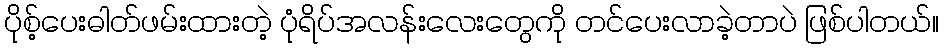
ပိုစ့်ပေးဓါတ်ဖမ်းထားတဲ့ ပုံရိပ်အလန်းလေးတွေကို တင်ပေးလာခဲ့တာပဲ ဖြစ်ပါတယ်။